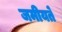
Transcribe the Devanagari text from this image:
जमीयते